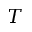
T